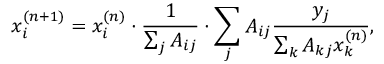
x _ { i } ^ { ( n + 1 ) } = x _ { i } ^ { ( n ) } \cdot \frac { 1 } { \sum _ { j } A _ { i j } } \cdot \sum _ { j } A _ { i j } \frac { y _ { j } } { \sum _ { k } A _ { k j } x _ { k } ^ { ( n ) } } ,